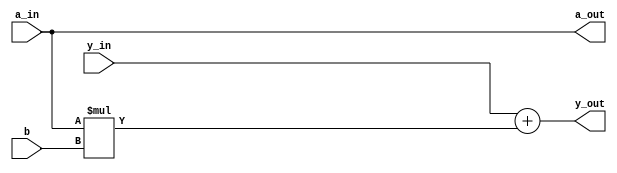
// This program was cloned from: https://github.com/weenslab/fpga101
// License: MIT License

`timescale 1ns / 1ps

module pe
    #( 
        parameter WIDTH = 8,
        parameter FRAC_BIT = 0
    )
    (
        input wire signed [WIDTH-1:0]  a_in,
        input wire signed [WIDTH-1:0]  y_in,
        input wire signed [WIDTH-1:0]  b,
        output wire signed [WIDTH-1:0] a_out,
        output wire signed [WIDTH-1:0] y_out
    );
    
    wire signed [WIDTH*2-1:0] y_out_i;
    
    assign a_out = a_in;
    assign y_out_i = a_in * b;
    assign y_out = y_in + y_out_i[WIDTH+FRAC_BIT-1:FRAC_BIT];

endmodule